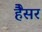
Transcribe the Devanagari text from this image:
हैैसर